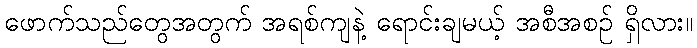
ဖောက်သည်တွေအတွက် အရစ်ကျနဲ့ ရောင်းချမယ့် အစီအစဉ် ရှိလား။